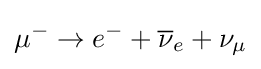
\mu ^{-}\to e^{-}+{\overline {\nu }}_{e}+\nu _{\mu }